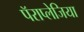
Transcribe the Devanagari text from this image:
पॅराप्लेजिया